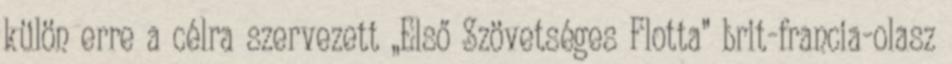
külön erre a célra szervezett „Első Szövetséges Flotta” brit-francia-olasz